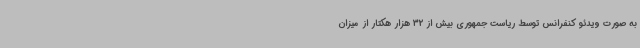
به صورت ویدئو کنفرانس توسط ریاست جمهوری بیش از 32 هزار هکتار از میزان